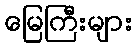
မြေကြီးများ